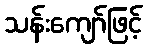
သန်းကျော်ဖြင့်